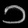
Digit: ၁